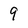
Character: 9